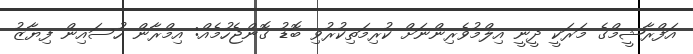
އަފްރާޝީމްގެ މަރަކީ ދީނީ އިލްމުވެރިންނަށް ކުރިމަތިކުރުވި ބޮޑު ގޮންޖެހުމެއް: އިމްރާން ހުސައިން ފިޔާޒު